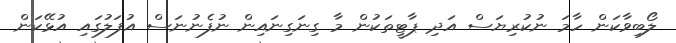
ލޯބިވާކަން ހާމަ ނުކުރިޔަސް އަދި ޕާޓީތަކުން މާ ގިނަގިނައިން ނުފެނުނަސް އުފަލުގައި އުޅޭކަން